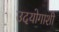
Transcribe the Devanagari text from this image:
उदयोगाशी